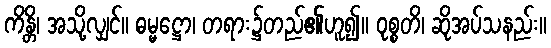
ကိန္တိ၊ အသို့လျှင်။ ဓမ္မဋ္ဌော၊ တရား၌တည်၏ဟူ၍။ ဝုစ္စတိ၊ ဆိုအပ်သနည်း။